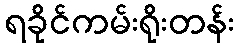
ရခိုင်ကမ်းရိုးတန်း